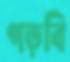
গড়বি